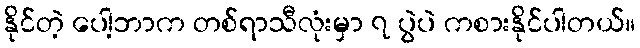
နိုင်တဲ့ ပေါ့ဘာက တစ်ရာသီလုံးမှာ ၇ ပွဲပဲ ကစားနိုင်ပါတယ်။